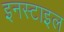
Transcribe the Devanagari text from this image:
इनस्टाइल